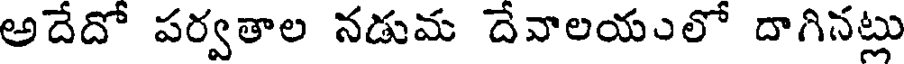
అదేదో పర్వతాల నడుమ దేవాలయులో దాగినట్లు